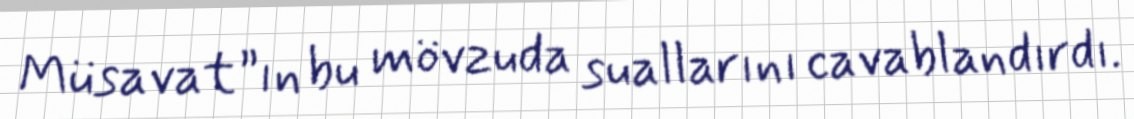
Müsavat”ın bu mövzuda suallarını cavablandırdı.